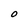
Character: O